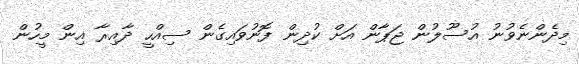
މިދެންނެވުނު އުސޫލުން ޖަޕާން އަށް ކުދިން ފޮނުވައިގެން ސިއްހީ ދާއިރާ އިން މީހުން